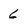
Character: 6